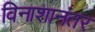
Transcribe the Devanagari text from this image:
विनाशानंतर